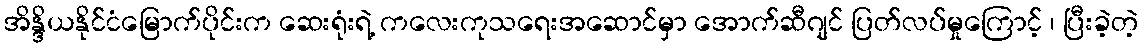
အိန္ဒိယနိုင်ငံမြောက်ပိုင်းက ဆေးရုံးရဲ့ ကလေးကုသရေးအဆောင်မှာ အောက်ဆီဂျင် ပြတ်လပ်မှုကြောင့် ၊ ပြီးခဲ့တဲ့